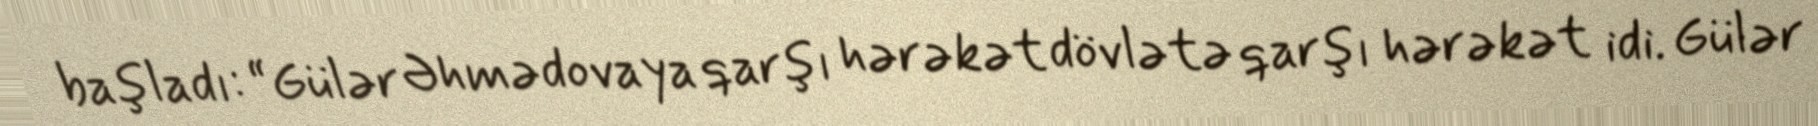
başladı: “Gülər Əhmədovaya qarşı hərəkət dövlətə qarşı hərəkət idi. Gülər